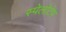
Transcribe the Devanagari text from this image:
स्पेलोटेप